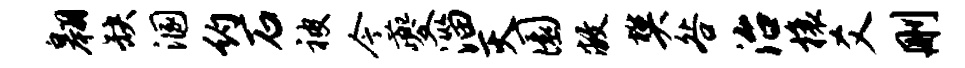
翱缺溷约石被今夔淄灭圜敝樊咎治榱爻删